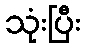
သုံးပြီး